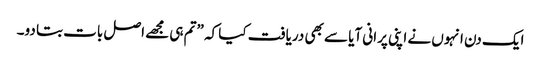
ایک دن انہوں نے اپنی پرانی آیا سے بھی دریافت کیا کہ ”تم ہی مجھے اصل بات بتا دو۔